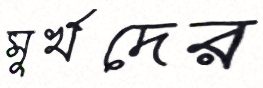
মূর্খদের